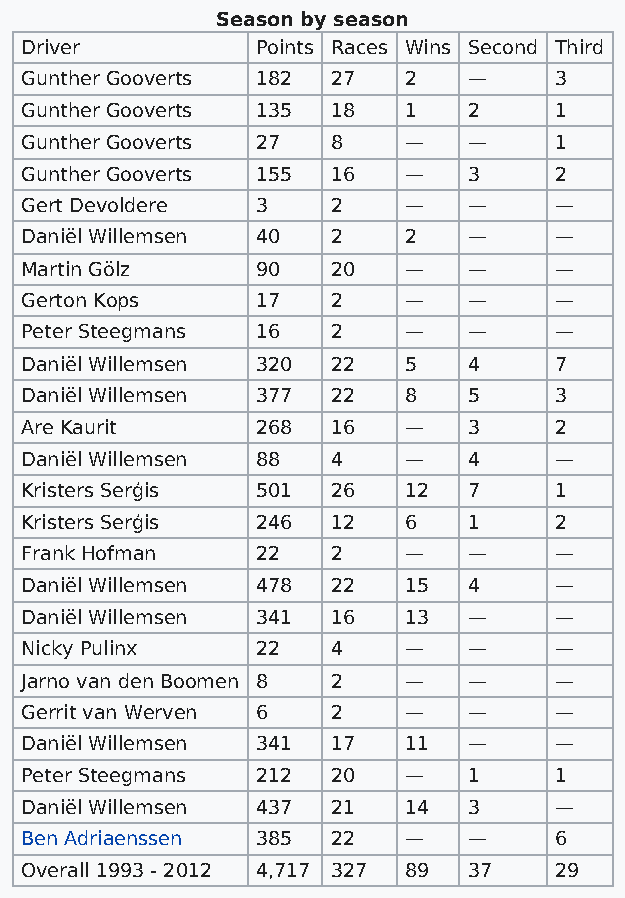
Season by season
 Driver          Points Races Wins Second Third
 Gunther Gooverts 182 27   2   —     3
 Gunther Gooverts 135 18   1   2     1
 Gunther Gooverts 27  8    —   —     1
 Gunther Gooverts 155 16   —   3     2
 Gert Devoldere  3    2    —   —     —
 Daniël Willemsen 40  2    2   —     —
 Martin Gölz     90   20   —   —     —
 Gerton Kops     17   2    —   —     —
 Peter Steegmans 16   2    —   —     —
 Daniël Willemsen 320 22   5   4     7
 Daniël Willemsen 377 22   8   5     3
 Are Kaurit      268  16   —   3     2
 Daniël Willemsen 88  4    —   4     —
 Kristers Serģis 501  26   12  7     1
 Kristers Serģis 246  12   6   1     2
 Frank Hofman    22   2    —   —     —
 Daniël Willemsen 478 22   15  4     —
 Daniël Willemsen 341 16   13  —     —
 Nicky Pulinx    22   4    —   —     —
 Jarno van den Boomen 8 2  —   —     —
 Gerrit van Werven 6  2    —   —     —
 Daniël Willemsen 341 17   11  —     —
 Peter Steegmans 212  20   —   1     1
 Daniël Willemsen 437 21   14  3     —
 Ben Adriaenssen 385  22   —   —     6
 Overall 1993 - 2012 4,717 327 89 37 29